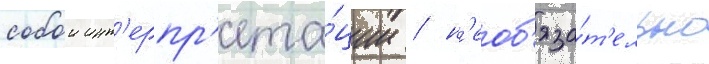
собои инт'ерпр'ета́ции / н'еоб'яза́т'ельно